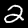
Digit: 2